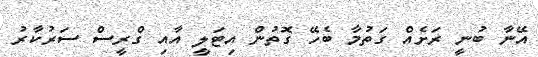
އޭނާ ބުނީ ރަށެއް ގަތުމާ ބެހޭ ގޮތުން އިޓަލީ އާއި ގްރީސް ސަރުކާރު